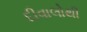
દીવાલોથી